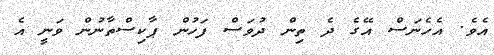
އެވެ. އެހެނަސް އޭގެ ދެ ތިން ދުވަސް ފަހުން ޕާކިސްތާނުން ވަނީ އެ